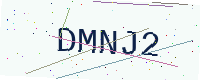
Text: DMNJ2